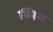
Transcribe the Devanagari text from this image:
ब्लिश